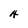
Character: H